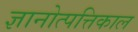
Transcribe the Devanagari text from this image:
ज्ञानोत्पत्तिकाल